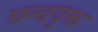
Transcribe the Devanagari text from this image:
छन्दयुक्त